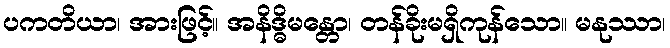
ပကတိယာ၊ အားဖြင့်။ အနိဒ္ဓိမန္တော၊ တန်ခိုးမရှိကုန်သော။ မနုဿာ၊